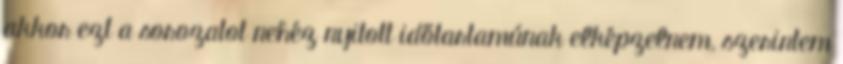
akkor ezt a sorozatot nehéz nyitott időtartamúnak elképzelnem, szerintem